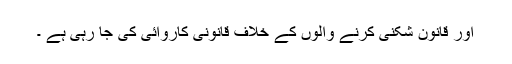
اور قانون شکنی کرنے والوں کے خلاف قانونی کاروائی کی جا رہی ہے ۔